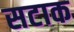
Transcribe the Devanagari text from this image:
सटाक